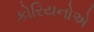
કોરિયનોએ